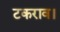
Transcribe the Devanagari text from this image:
टकराव।